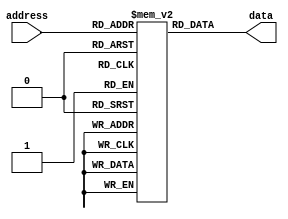
module fuse_rom(input [7:0] address, output reg [7:0] data);

  reg [7:0] memory [0:255]; // 256 memory locations

  initial begin
    // Initialize memory values
    memory[0] = 8'b00000000;
    memory[1] = 8'b00000001;
    // Add more memory initialization as needed
  end

  always @* begin
    data = memory[address];
  end

endmodule